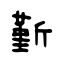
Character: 斳